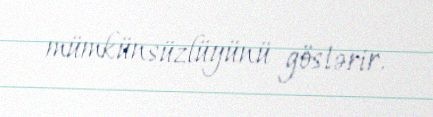
mümkünsüzlüyünü göstərir.